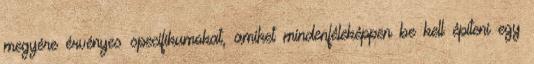
megyére érvényes specifikumokat, amiket mindenféleképpen be kell építeni egy